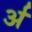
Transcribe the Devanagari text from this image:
र्अ